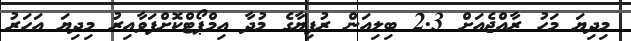
މިދިޔަ މަހު ރާއްޖެއަށް 2.3 ބިލިއަން ރުފިޔާގެ މުދާ އިމްޕޯޓްކޮށްފަވާއިރު މިދިޔަ އަހަރު